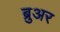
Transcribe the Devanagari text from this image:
ब्रुअर